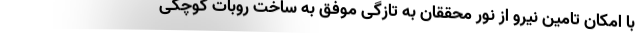
با امکان تامین نیرو از نور محققان به تازگی موفق به ساخت روبات کوچکی